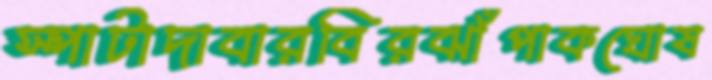
স্পাটাদাবারবিরঝাঁপাকঘোষ